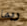
ربما